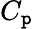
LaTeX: C_{\mathtt{p}}